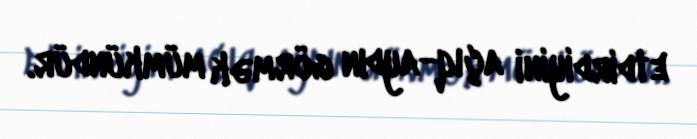
etdirdiyini açıq-aydın görmək mümkündür.